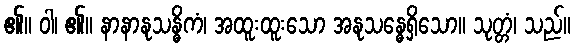
၏။ ဝါ၊ ၏။ နာနာနုသန္ဓိကံ၊ အထူးထူးသော အနုသန္ဓေရှိသော။ သုတ္တံ၊ သည်။